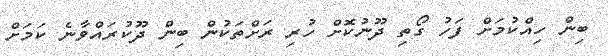
ބިން ހިއްކުމަށް ފަހު ގޯތި ދޫނުކޮށް ހުރި ރަށްތަކުން ބިން ދޫކުރައްވާނެ ކަމަށް